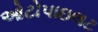
ઓટોપાઇલટ